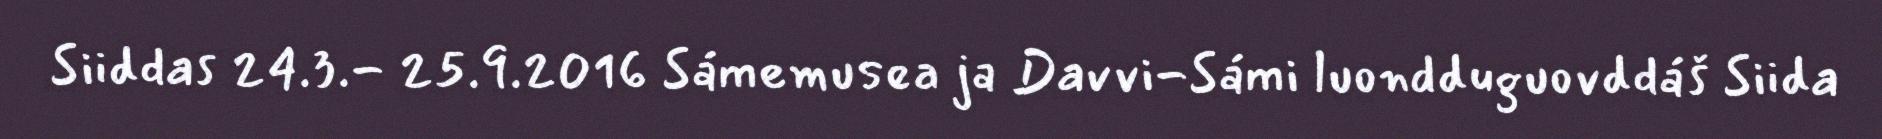
Siiddas 24.3.- 25.9.2016 Sámemusea ja Davvi-Sámi luondduguovddáš Siida